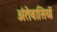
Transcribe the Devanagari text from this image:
अंतेवासियों